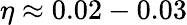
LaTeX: \eta\approx 0.02-0.03